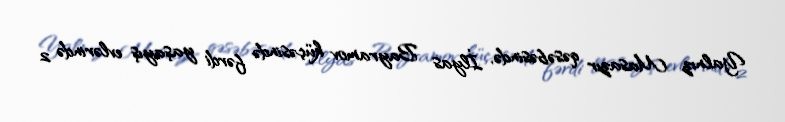
Yalnız Masazır qəsəbəsində, İlyas Bayramov küçəsində fərdi yaşayış evlərində 2